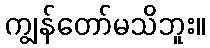
ကျွန်တော်မသိဘူး။